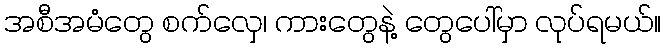
အစီအမံတွေ စက်လှေ၊ ကားတွေနဲ့ တွေပေါ်မှာ လုပ်ရမယ်။